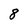
Character: 8